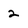
Character: 2